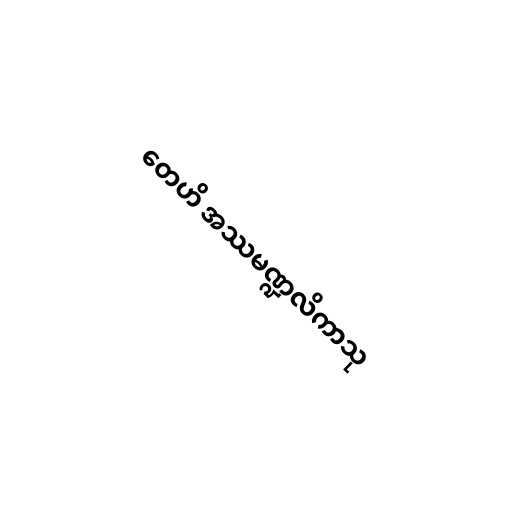
တေဟိ အဿမဏ္ဍလိကာသု